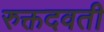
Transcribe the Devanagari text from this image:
रुक्तदवती